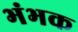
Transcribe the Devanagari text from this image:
भंभक